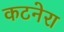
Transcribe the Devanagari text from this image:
कटनेरा